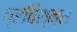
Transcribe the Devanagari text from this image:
प्रविश्न्स